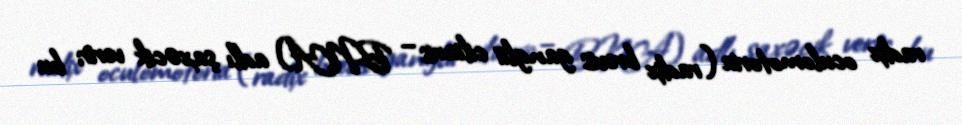
radix oculomotoria (radix brevis ganglii ciliaris – BNA) adlı şaxəcik verir; bu